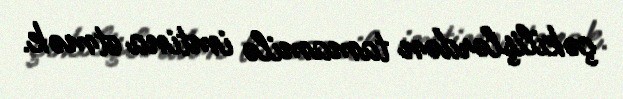
çəkilişlərdən tamamilə imtina etmək.